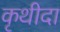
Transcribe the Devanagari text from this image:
कृथीदा